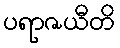
ပရာဇယီတိ